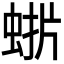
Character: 𮔋